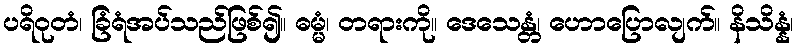
ပရိဝုတံ၊ ခြံရံအပ်သည်ဖြစ်၍။ ဓမ္မံ၊ တရားကို။ ဒေသေန္တံ၊ ဟောပြောလျက်။ နိသိန္နံ၊